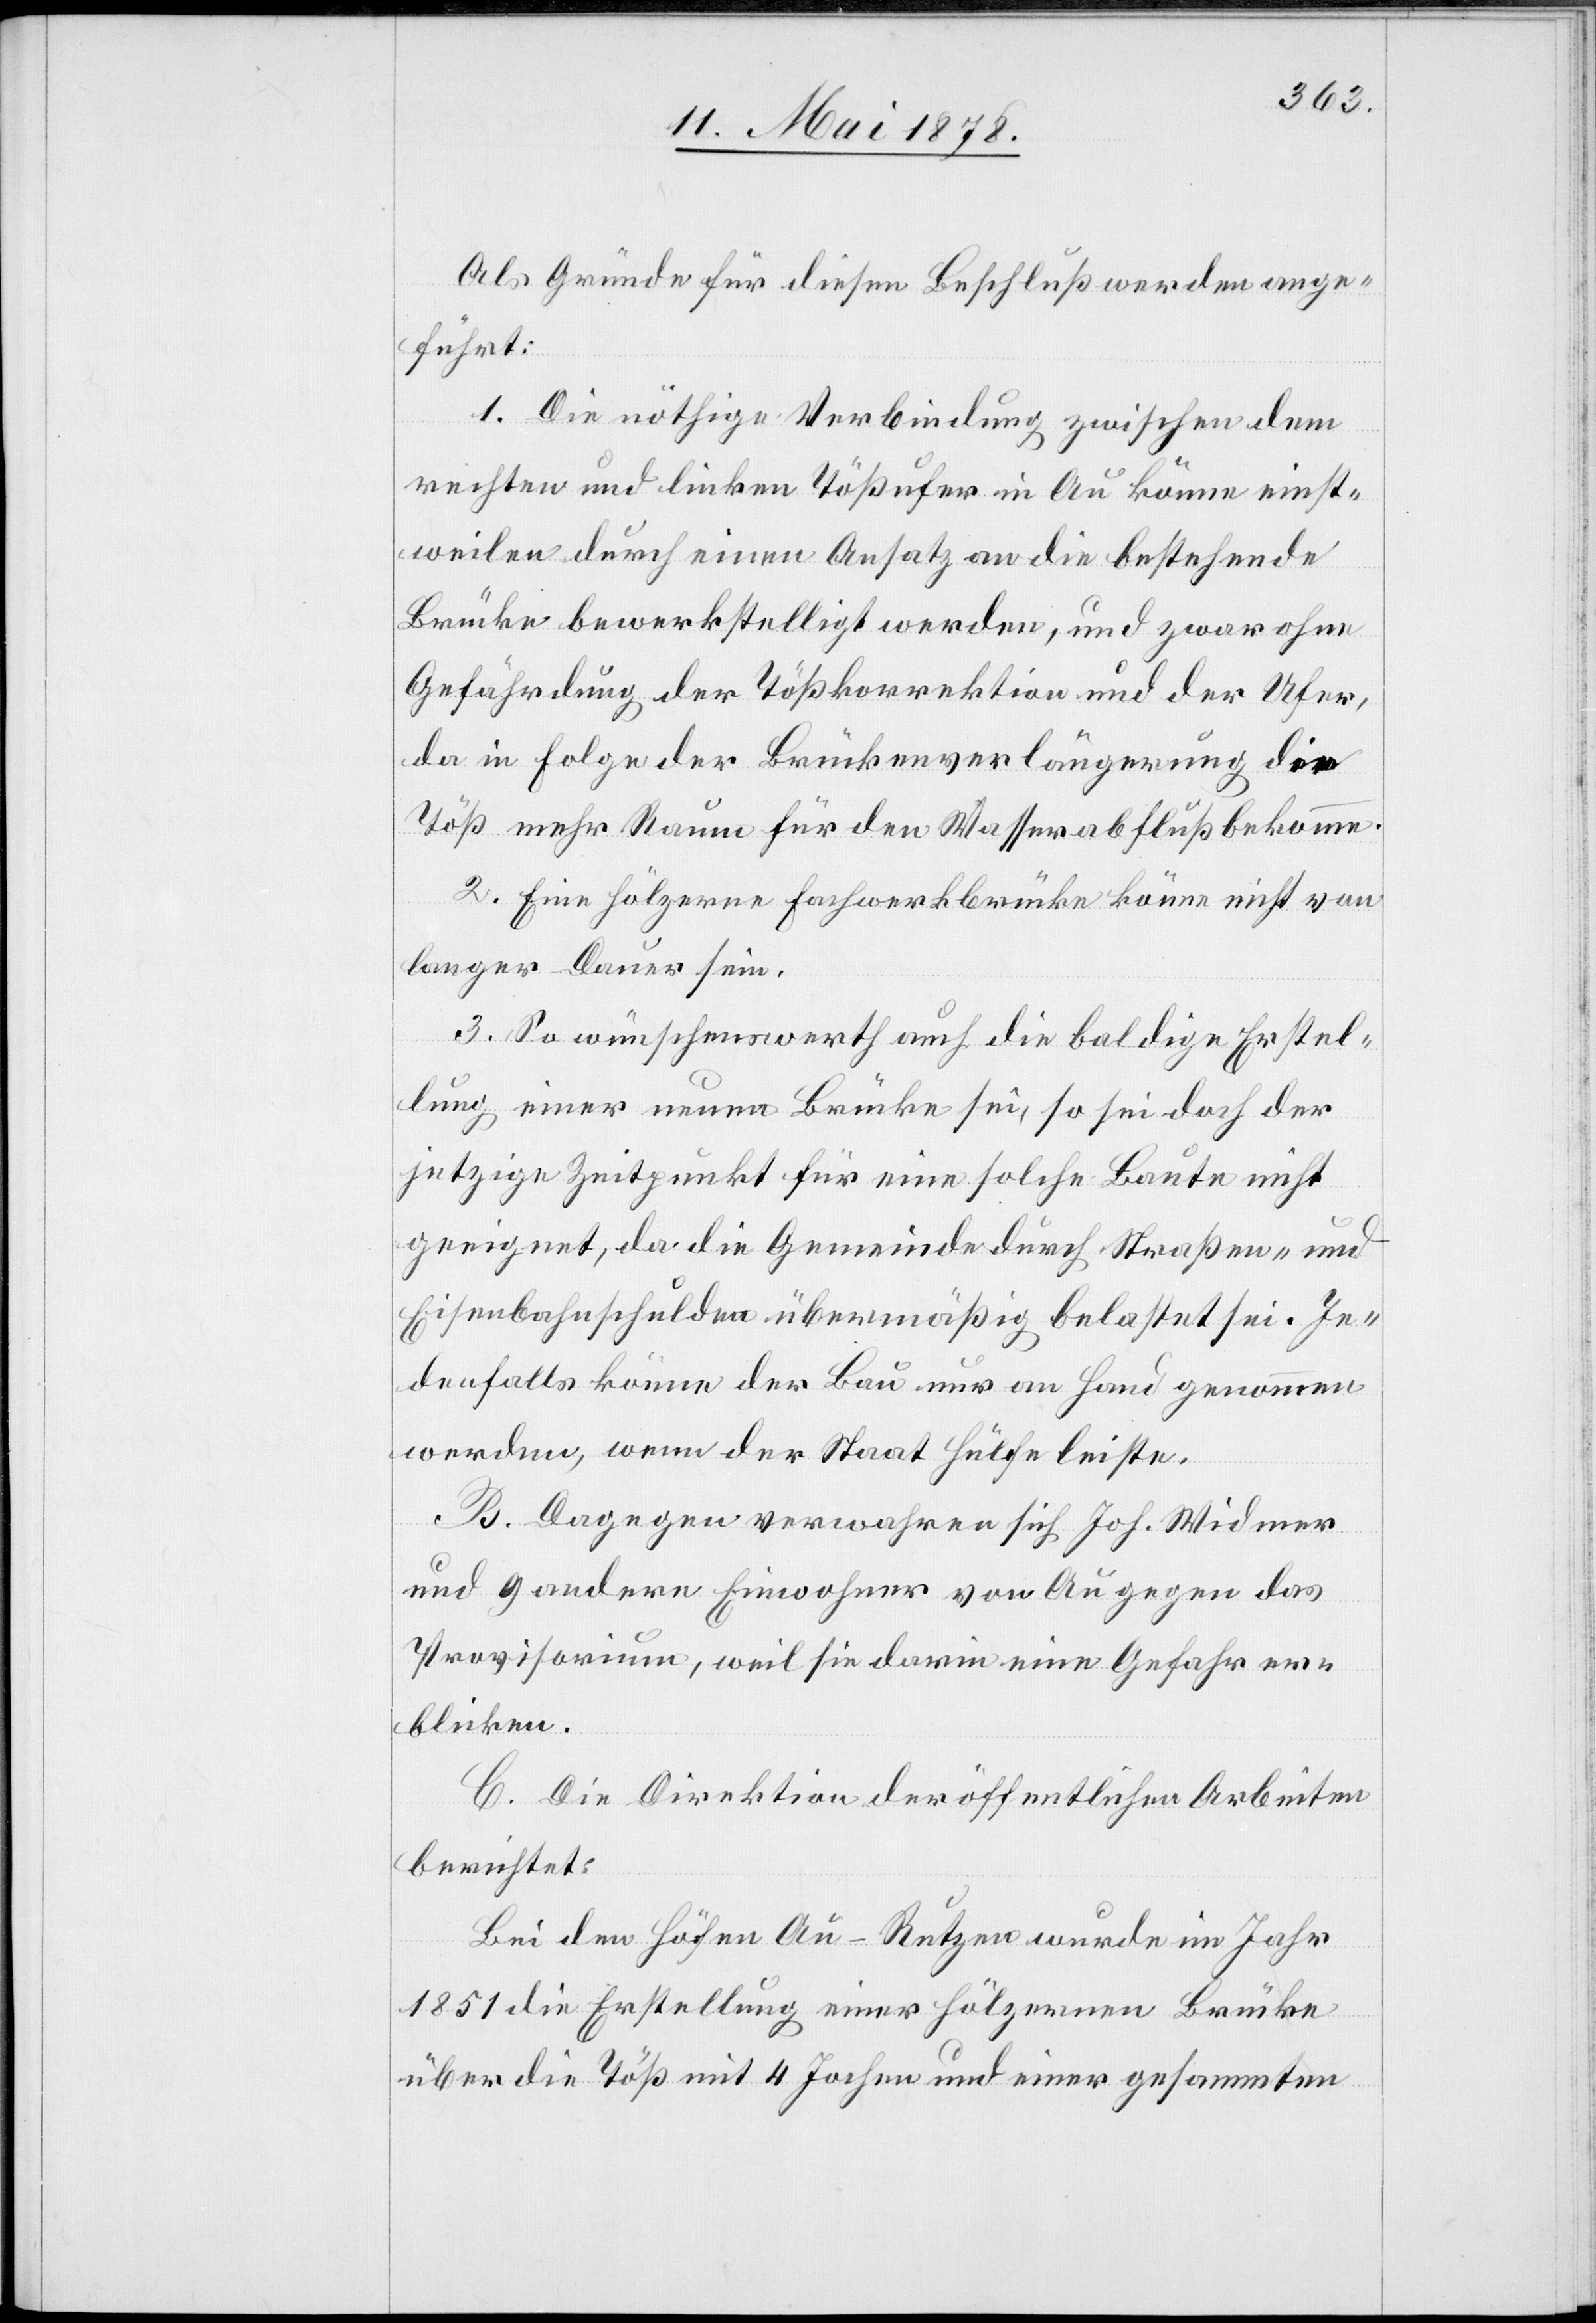
Als Gründe für diesen Beschluß werden ange¬
führt:
1. Die nöthige Verbindung zwischen dem
rechten und linken Tößufer in Au könne einst¬
weilen durch einen Ansatz an die bestehende
Brücke bewerkstelligt werden, und zwar ohne
Gefährdung der Tößkorrektion und der Ufer,
da in Folge der Brückenverlängerung die
Töß mehr Raum für den Wasserabfluß bekomme.
2. Eine hölzerne Fahrwerkbrücke könne nicht von
langer Dauer sein.
3. So wünschenswerth auch die baldige Erstel¬
lung einer neuen Brücke sei, so sei doch der
jetzige Zeitpunkt für eine solche Baute nicht
geeignet, da die Gemeinde durch Straßen- und
Eisenbahnschulden übermäßig belastet sei. Je¬
denfalls könne der Bau nur an Hand genommen
werden, wenn der Staat Hülfe leiste.
B. Dagegen verwahren sich Joh. Widmer
und 9 andere Einwohner von Au gegen das
Provisorium, weil sie darin eine Gefahr er¬
blicken.
C. Die Direktion der öffentlichen Arbeiten
berichtet:
Bei den Höfen Au - Rutzen wurde im Jahr
1851 die Erstellung einer hölzernen Brücke
über die Töß mit 4 Jochen und einer gesammten